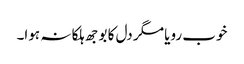
خوب رویا مگر دل کا بوجھ ہلکا نہ ہوا۔